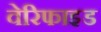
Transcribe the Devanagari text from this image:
वेरिफाइड